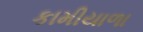
કામીયાળા